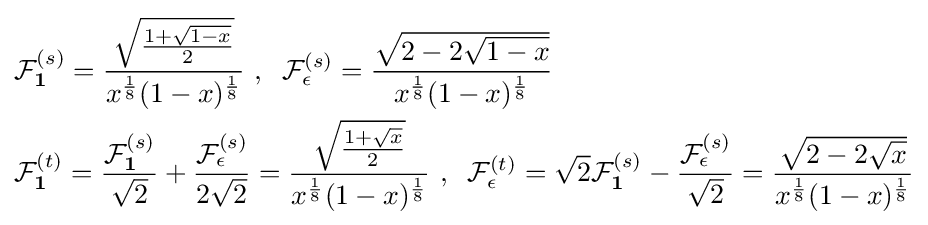
{\begin{aligned}&{\mathcal {F}}_{\textbf {1}}^{(s)}={\frac {\sqrt {\frac {1+{\sqrt {1-x}}}{2}}}{x^{\frac {1}{8}}(1-x)^{\frac {1}{8}}}}\ ,\;\;{\mathcal {F}}_{\epsilon }^{(s)}={\frac {\sqrt {2-2{\sqrt {1-x}}}}{x^{\frac {1}{8}}(1-x)^{\frac {1}{8}}}}\\&{\mathcal {F}}_{\textbf {1}}^{(t)}={\frac {{\mathcal {F}}_{\textbf {1}}^{(s)}}{\sqrt {2}}}+{\frac {{\mathcal {F}}_{\epsilon }^{(s)}}{2{\sqrt {2}}}}={\frac {\sqrt {\frac {1+{\sqrt {x}}}{2}}}{x^{\frac {1}{8}}(1-x)^{\frac {1}{8}}}}\ ,\;\;{\mathcal {F}}_{\epsilon }^{(t)}={\sqrt {2}}{\mathcal {F}}_{\textbf {1}}^{(s)}-{\frac {{\mathcal {F}}_{\epsilon }^{(s)}}{\sqrt {2}}}={\frac {\sqrt {2-2{\sqrt {x}}}}{x^{\frac {1}{8}}(1-x)^{\frac {1}{8}}}}\end{aligned}}